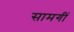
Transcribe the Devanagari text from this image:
सामगीं